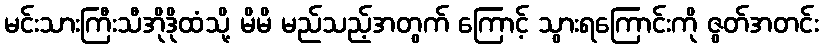
မင်းသားကြီးသီအိုဒိုထံသို့ မိမိ မည်သည့်အတွက် ကြောင့် သွားရကြောင်းကို ဇွတ်အတင်း